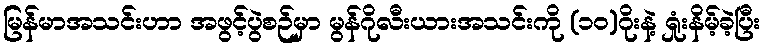
မြန်မာအသင်းဟာ အဖွင့်ပွဲစဉ်မှာ မွန်ဂိုလီးယားအသင်းကို (၁ဝ)ဂိုးနဲ့ ရှုံးနိမ့်ခဲ့ပြီး